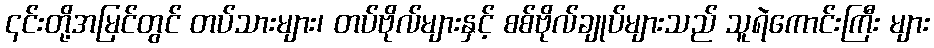
၎င်းတို့အမြင်တွင် တပ်သားများ၊ တပ်ဗိုလ်များနှင့် စစ်ဗိုလ်ချုပ်များသည် သူရဲကောင်းကြီး များ